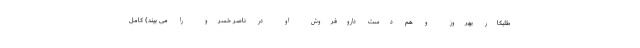
طلبکارِ بهروز و هم دست داروفروشِ او در ناصر خسرو را می بیند) کامل